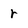
Character: r